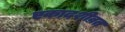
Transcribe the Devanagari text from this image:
एकादशीव्रत